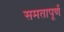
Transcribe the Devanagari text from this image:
समतापूर्ण